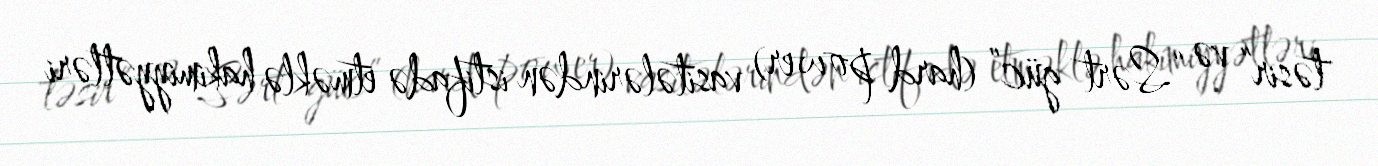
təsir” və “Sərt güc” (hard power) vasitələrindən istifadə etməklə hakimiyyətləri